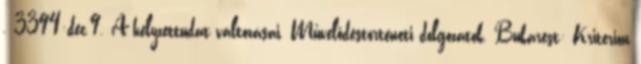
. 3394:dec.9. A helyzettudat változásai. Művelődéstörténeti dolgozatok. Bukarest: Kriterion